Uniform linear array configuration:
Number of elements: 64
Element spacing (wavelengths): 1
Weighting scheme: blackman
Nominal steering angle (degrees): -45
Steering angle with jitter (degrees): -44.44
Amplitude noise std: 0.05
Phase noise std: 0.05

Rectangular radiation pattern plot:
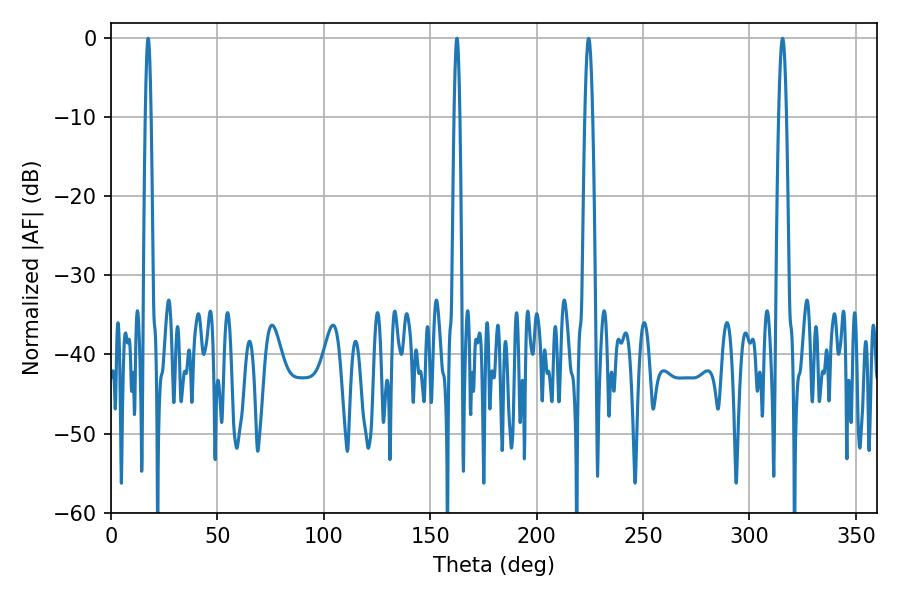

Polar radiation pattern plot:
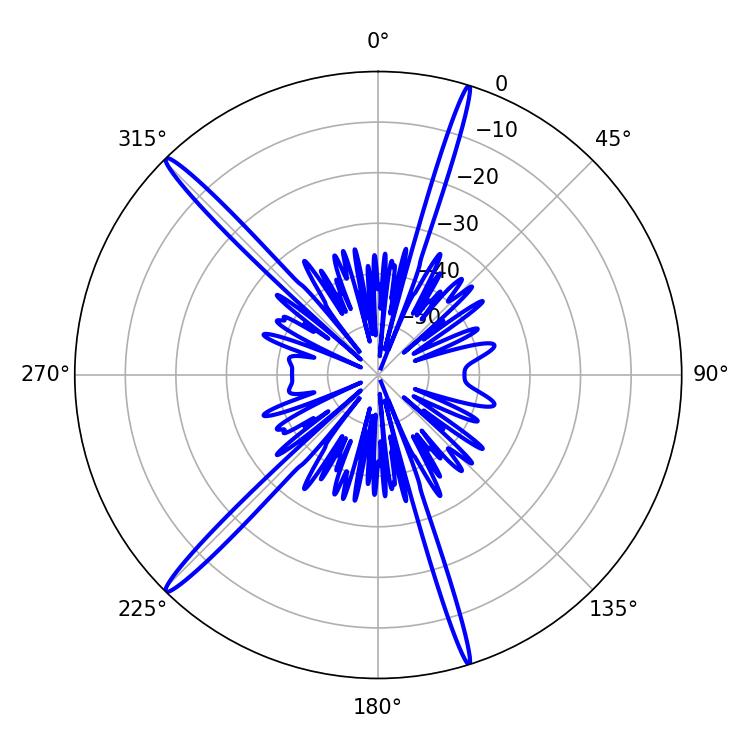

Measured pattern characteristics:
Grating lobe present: TRUE
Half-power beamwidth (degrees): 1.44
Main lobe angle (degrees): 17.46